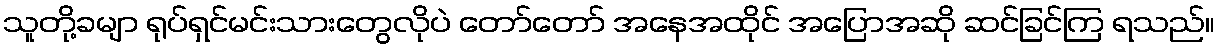
သူတို့ခမျာ ရုပ်ရှင်မင်းသားတွေလိုပဲ တော်တော် အနေအထိုင် အပြောအဆို ဆင်ခြင်ကြ ရသည်။